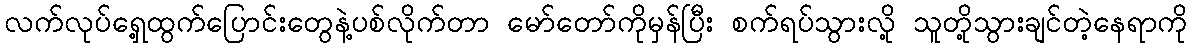
လက်လုပ်ရှေ့ထွက်ပြောင်းတွေနဲ့ပစ်လိုက်တာ မော်တော်ကိုမှန်ပြီး စက်ရပ်သွားလို့ သူတို့သွားချင်တဲ့နေရာကို